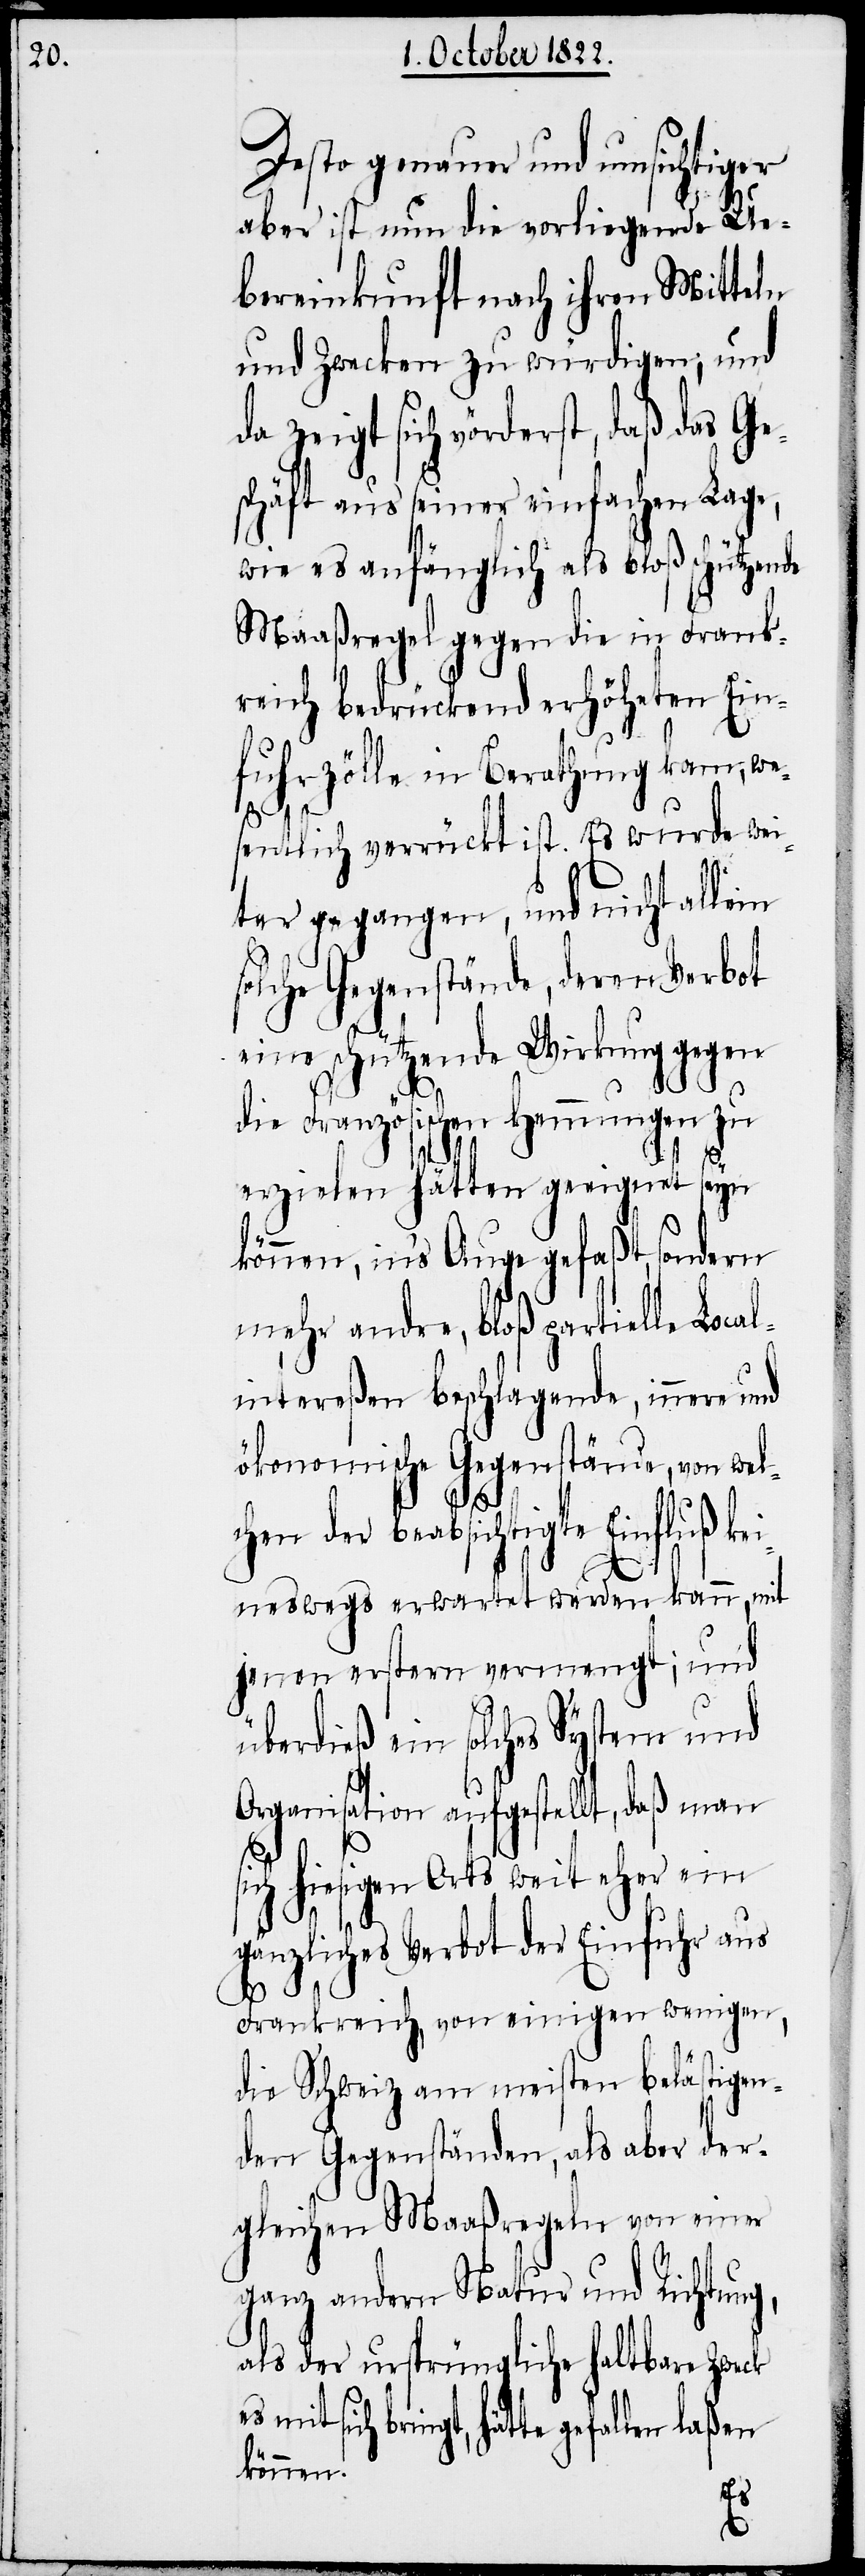
Desto genauer und umsichtiger
aber ist nun die vorliegende Ue¬
bereinkunft nach ihren Mitteln
und Zwecken zu würdigen; und
da zeigt sich vörderst, daß das Ge¬
schäft aus seiner einfachen Lage,
wie es anfänglich als bloß schützende
Maaßregel gegen die in Frank¬
reich bedrückend erhöheten Ein¬
fuhrzölle in Berathung kam, we¬
sentlich verrückt ist. Es wurde wei¬
ter gegangen, und nicht allein
solche Gegenstände, deren Verbot
eine schützende Wirkung gegen
die Französischen Hemmungen zu
erzielen hätten geeignet seyn
können, in’s Auge gefaßt, sonder
mehr andre, bloß partielle Loca¬
lintereßen beschlagende, innere und
ökonomische Gegenstände, von wel¬
chen der beabsichtigte Einfluß
ineswegs erwartet werden kann, mit
jenen erstern vermengt; und
überdieß ein solches System und
Organistion aufgestellt, daß man
ich hiesigen Orts weit eher ein
gänzliches Verbot der Einfuhr aus
Frankreich, von einigen wenigen,
die Schweiz am meisten belästigen¬
den Gegenständen, als aber der¬
gleichen Maaßregeln von einer
ganz andern Natur und Richtung,
als der ursprüngliche haltbare Zweck
sich bringt, hätte gefallen laßen
können.
s¬